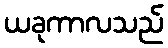
ယခုကာလသည်